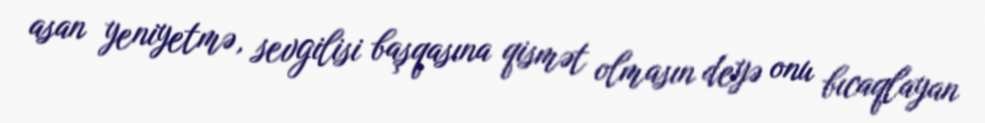
asan yeniyetmə, sevgilisi başqasına qismət olmasın deyə onu bıcaqlayan